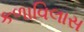
કળાવિલાસ